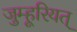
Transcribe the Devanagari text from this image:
जुम्हूरियत्